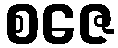
စဇေ